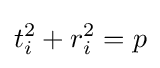
t_{i}^{2}+r_{i}^{2}=p